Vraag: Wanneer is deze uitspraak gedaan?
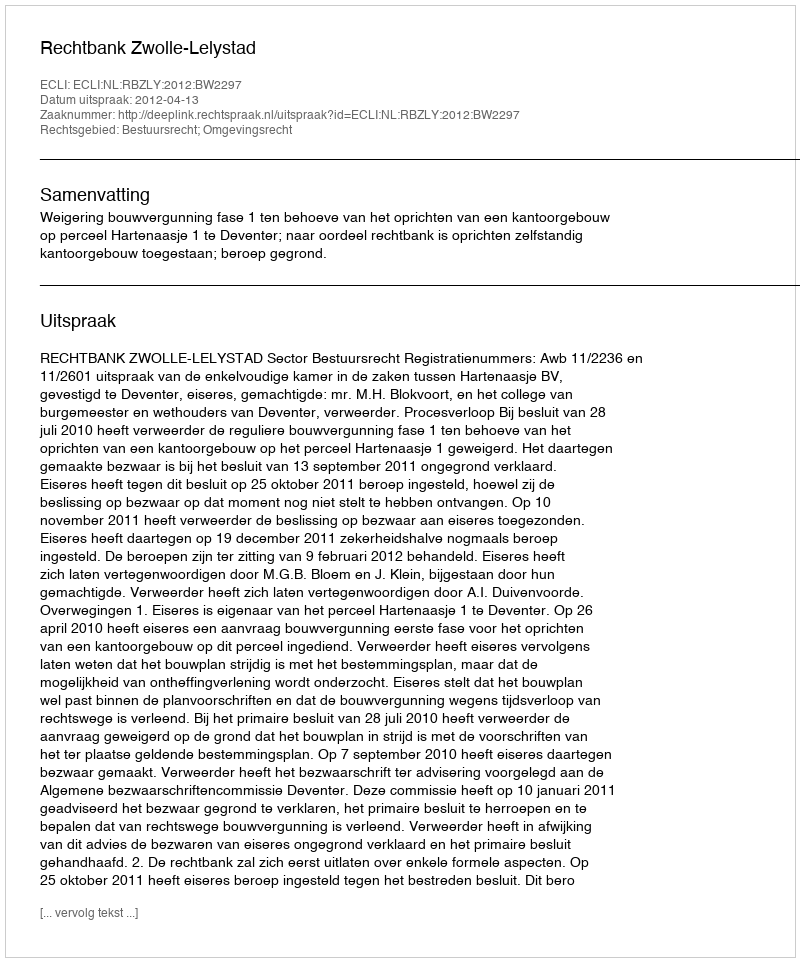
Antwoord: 2012-04-13